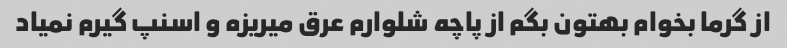
از گرما بخوام بهتون بگم از پاچه شلوارم عرق میریزه و اسنپ گیرم نمیاد